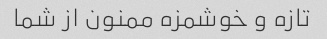
تازه و خوشمزه ممنون از شما